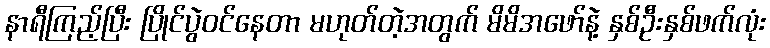
နာရီကြည့်ပြီး ပြိုင်ပွဲဝင်နေတာ မဟုတ်တဲ့အတွက် မိမိအဖော်နဲ့ နှစ်ဦးနှစ်ဖက်လုံး